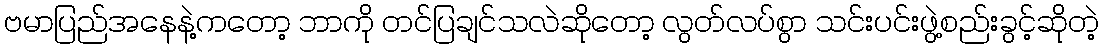
ဗမာပြည်အနေနဲ့ကတော့ ဘာကို တင်ပြချင်သလဲဆိုတော့ လွတ်လပ်စွာ သင်းပင်းဖွဲ့စည်းခွင့်ဆိုတဲ့